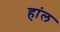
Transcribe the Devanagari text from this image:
हांल